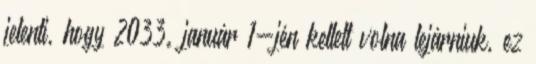
jelenti, hogy 2033. január 1-jén kellett volna lejárniuk, ez